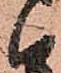
い